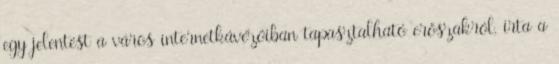
egy jelentést a város internetkávézóiban tapasztalható erőszakról, írta a